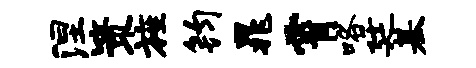
涅策旌钧晁霄咯廷基